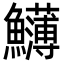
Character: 𩽛